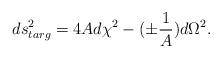
LaTeX: \begin{align*}ds^{2}_{targ}=4A d\chi^{2} -( \pm {1 \over A}) d \Omega^{2}.\end{align*}